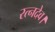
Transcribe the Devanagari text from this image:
रत्नदेव।